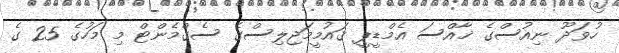
ހުވަދޫ ނިއުސްގެ ޚާއްސަ އެމްޑީޕީ ޤައުމީމަޖިލިސްގެ ސެގްމެންޓް މި މަހުގެ 25 ގެ